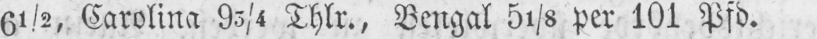
6½, Carolina 93/4 Thlr., Bengal 51/8 per 101 Pfd.